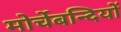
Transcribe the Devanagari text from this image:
मोर्चेबन्दियों